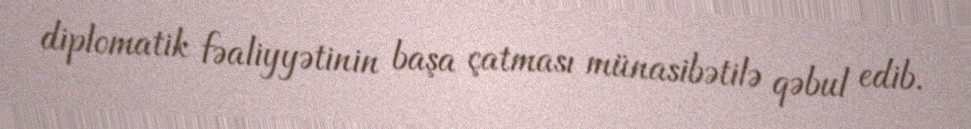
diplomatik fəaliyyətinin başa çatması münasibətilə qəbul edib.